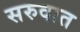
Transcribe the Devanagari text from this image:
सरुवात